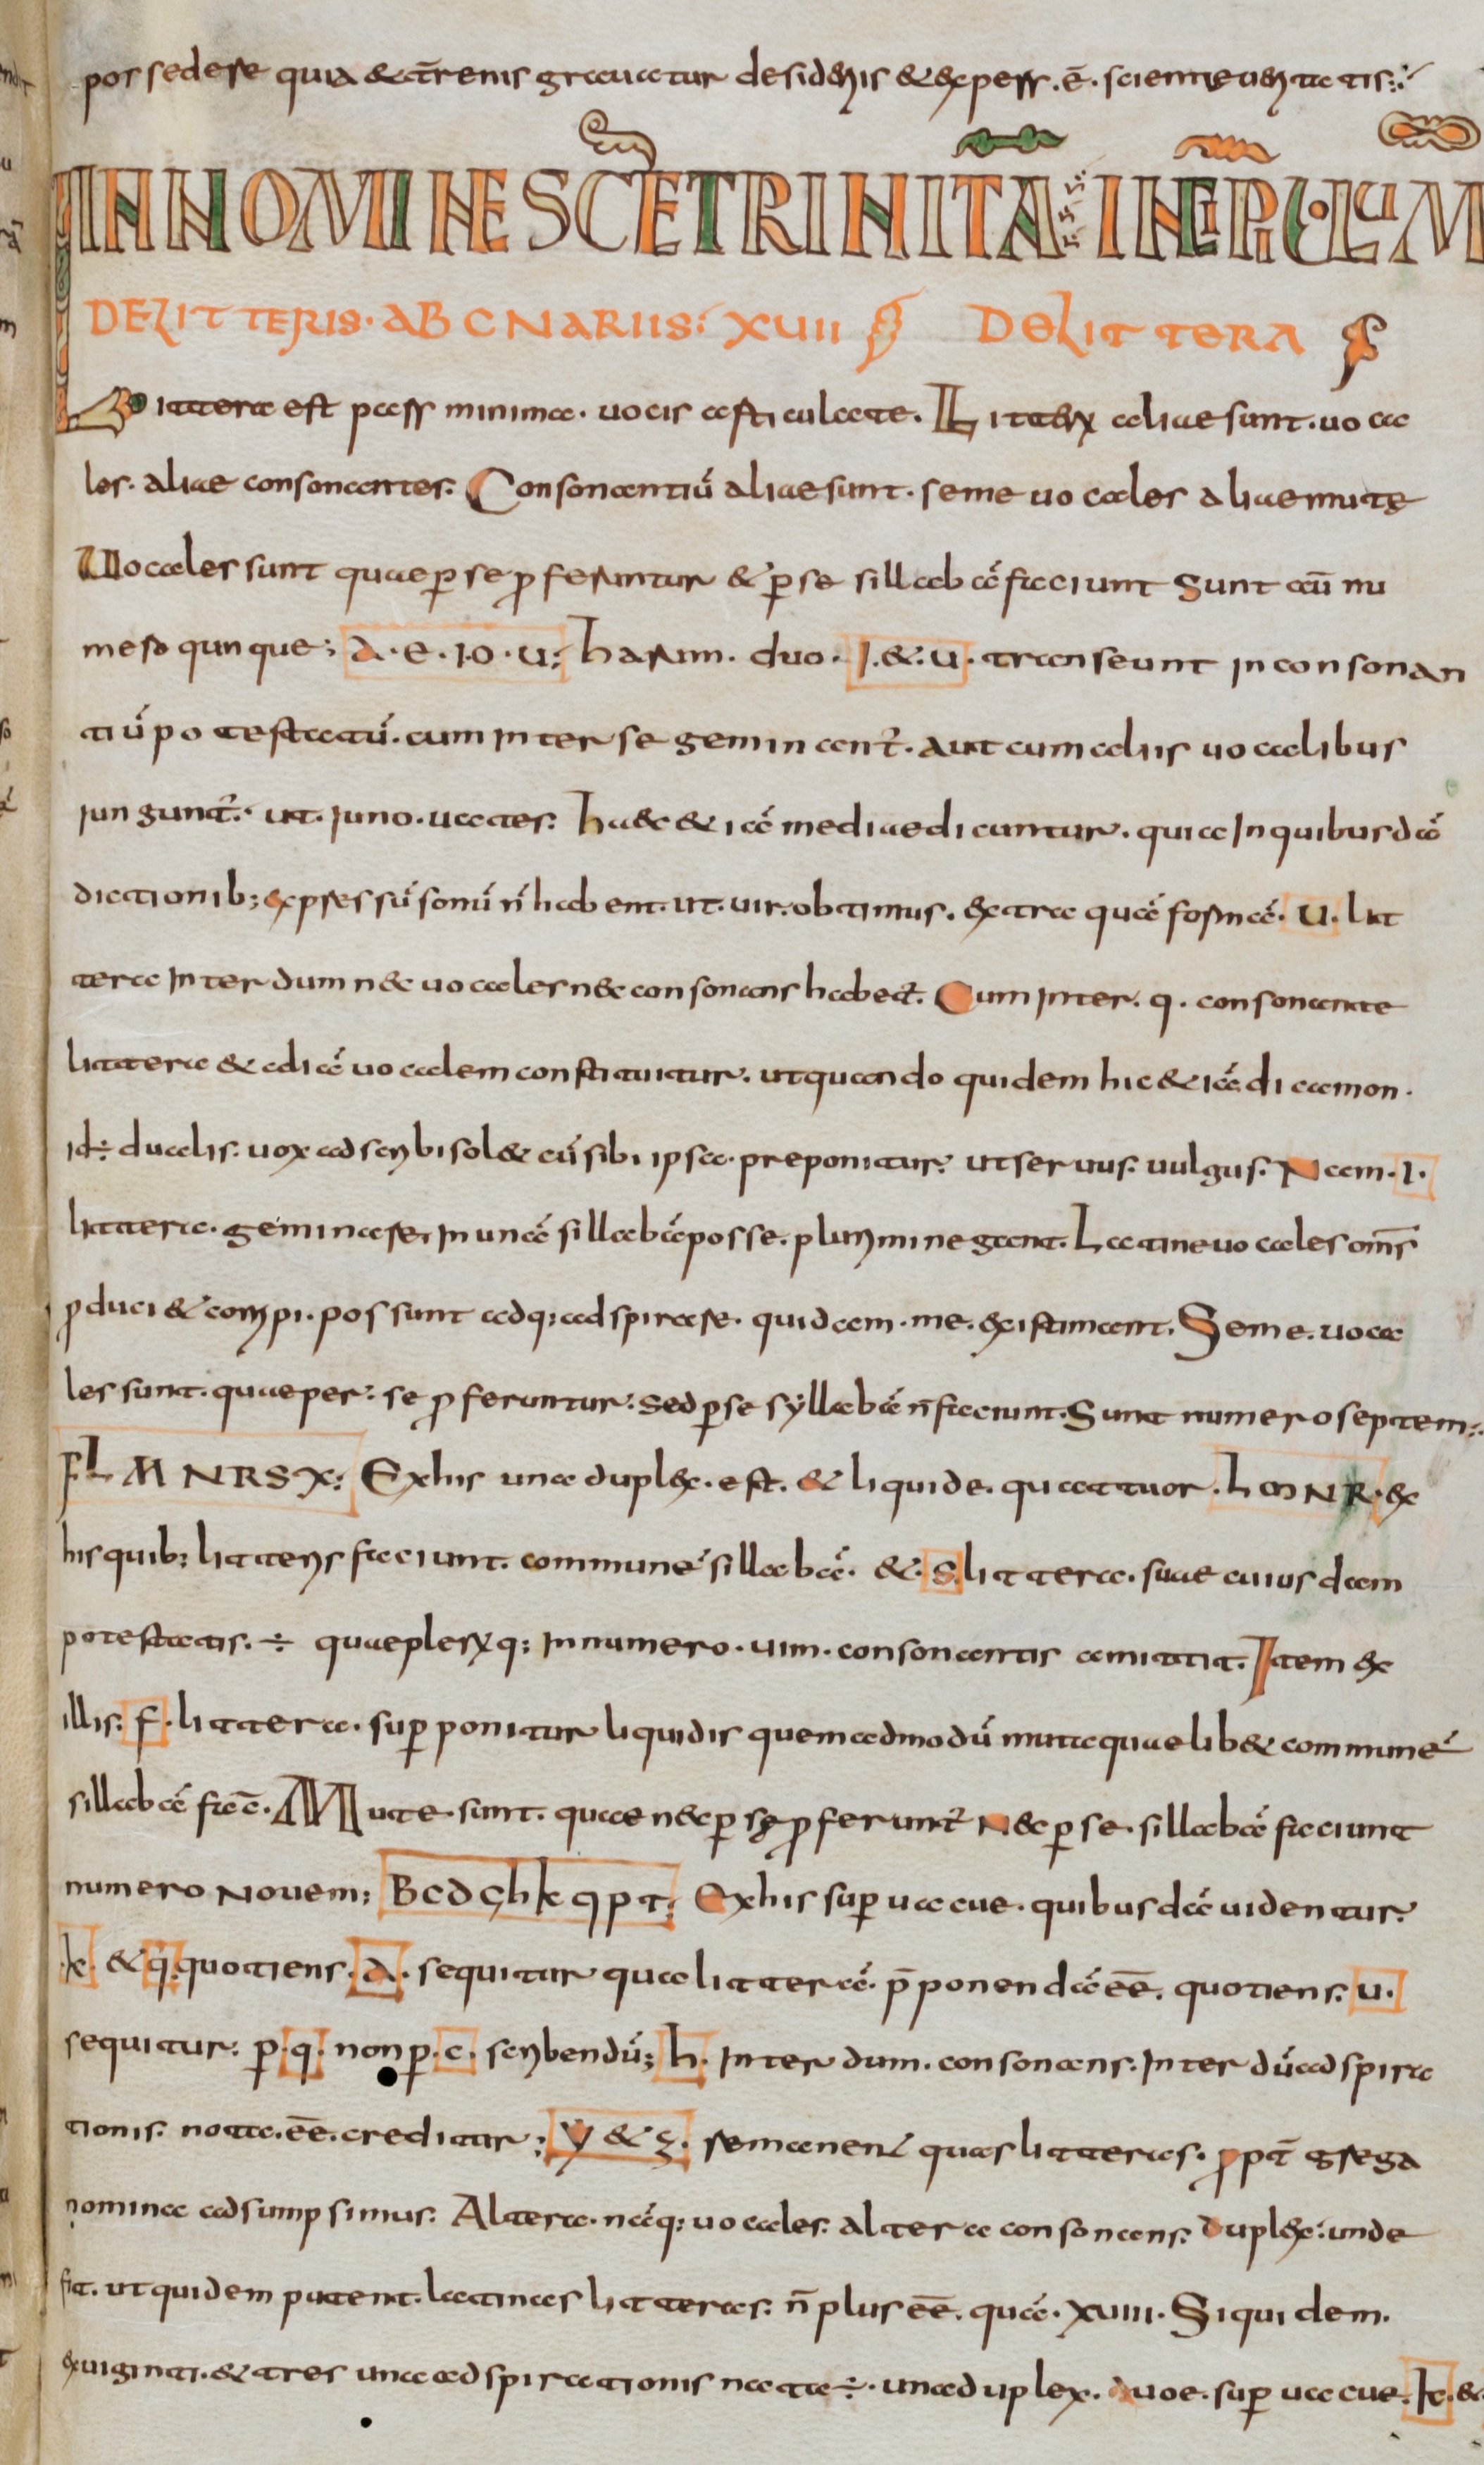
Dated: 800–830